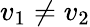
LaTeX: v_{1}\ne v_{2}